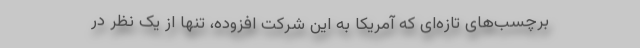
برچسب‌های تازه‌ای که آمریکا به این شرکت افزوده، تنها از یک نظر در